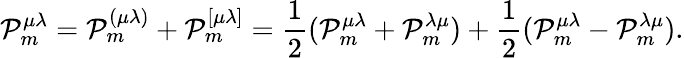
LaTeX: \mathcal{P}_{m}^{\mu\lambda}=\mathcal{P}_{m}^{(\mu\lambda)}+\mathcal{P}_{m}^{[\mu\lambda]}=\frac{1}{2}(\mathcal{P}_{m}^{\mu\lambda}+\mathcal{P}_{m}^{\lambda\mu})+\frac{1}{2}(\mathcal{P}_{m}^{\mu\lambda}-\mathcal{P}_{m}^{\lambda\mu}).